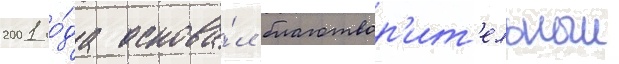
2001 го́да основа́л благотвор'ит'ельныи